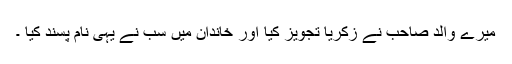
ميرے والد صاحب نے زَکَرِيّا تجويز کيا اور خاندان ميں سب نے يہی نام پسند کيا ۔